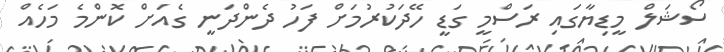
ސޯޝަލް މީޑިޔާގައި ރަސްމީ ގަޑީ ހޭދަކުރުމަށް ފަހު ދެންދަނީ ގެއަށް ކޮންމެ މަހެއް